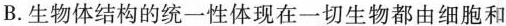
B. 生物体结构的统一性体现在一切生物都由细胞和